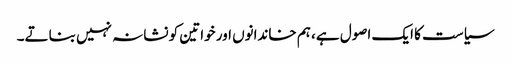
سیاست کا ایک اصول ہے، ہم خاندانوں اور خواتین کو نشانہ نہیں بناتے۔